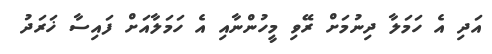
އަދި އެ ހަމަލާ ދިނުމަށް ރޭވި މީހުންނާއި އެ ހަމަލާއަށް ފައިސާ ޚަރަދު